Annual administration report of the Civil Veterinary Department of India - 1894-1895
Year: 1894
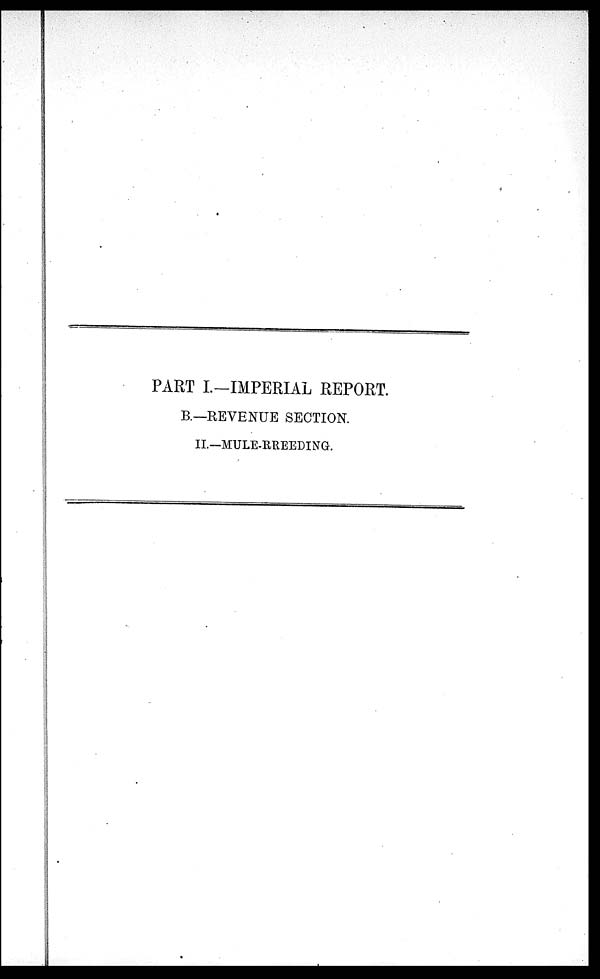
PART I—IMPERIAL REPORT.
B.—REVENUE SECTION.
II.—MULE-RREEDING.